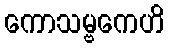
ကောသမ္ဗကေဟိ